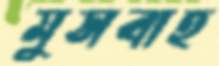
মুসবাহ